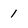
Character: 1